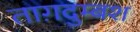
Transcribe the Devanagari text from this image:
ताग़दुम्बश